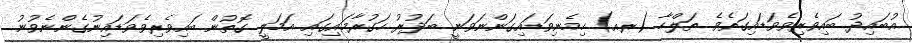
އުބައިދު ބައިވެރިވެވަޑައިގަތެވެ. ތަލްހާ (ރއ) ހިމެނިވަޑައިގަންނަވަނީ ބަދުރު ހަގުރާމައިގައި އަމަލީ ގޮތުން ބައިވެރިވެވަޑައިނުގެންނެވުނު